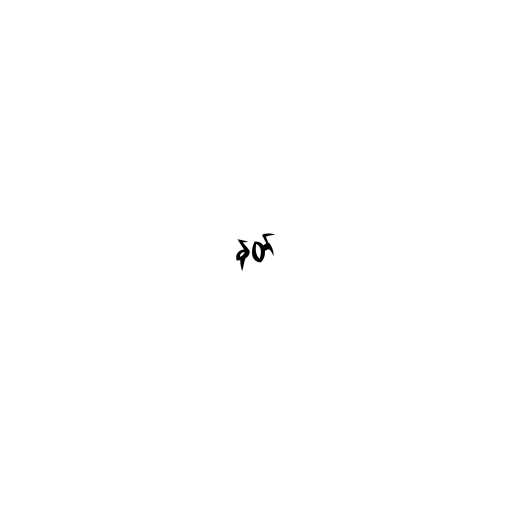
နတ်